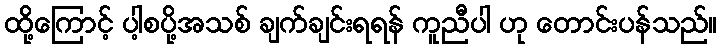
ထို့ကြောင့် ပါ့စပို့အသစ် ချက်ချင်းရရန် ကူညီပါ ဟု တောင်းပန်သည်။